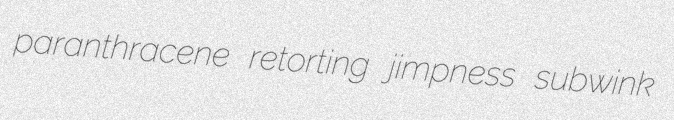
paranthracene retorting jimpness subwink